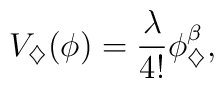
V_\diamondsuit(\phi)=\frac{\lambda}{4!}\phi^\beta_\diamondsuit,